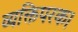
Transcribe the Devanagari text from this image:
व्यक्तिपरक।